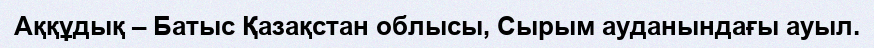
Аққұдық – Батыс Қазақстан облысы, Сырым ауданындағы ауыл.